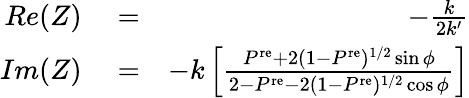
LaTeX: \begin{array}{rlr}{Re(Z)}&{{}=}&{-\frac{k}{2k^{\prime}}}\\ {Im(Z)}&{{}=}&{-k\left[\frac{P^{\mathrm{re}}+2(1-P^{\mathrm{re}})^{1/2}\sin\phi}{2-P^{\mathrm{re}}-2(1-P^{\mathrm{re}})^{1/2}\cos\phi}\right]}\end{array}